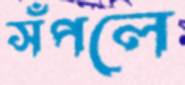
সঁপলে